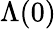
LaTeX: \Lambda(0)